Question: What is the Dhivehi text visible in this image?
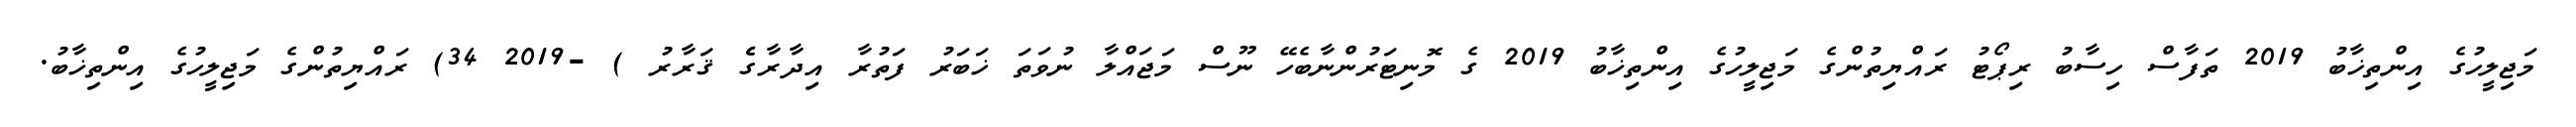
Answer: މަޖިލީހުގެ އިންތިޚާބު 2019 ތަފާސް ހިސާބު ރިޕޯޓު ރައްޔިތުންގެ މަޖިލީހުގެ އިންތިޚާބު 2019 ގެ މޮނިޓަރުންނާބެހޭ ނޫސް މަޖައްލާ ނުވަތަ ޚަބަރު ފަތުރާ އިދާރާގެެ ޤަރާރު ) -2019 34) ރައްޔިތުންގެ މަޖިލީހުގެ އިންތިޚާބު.